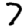
Digit: 7